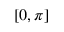
[ 0 , \pi ]